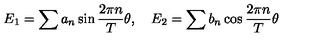
E _ { 1 } = \sum { a _ { n } } \sin \frac { 2 \pi n } { T } \theta , \quad E _ { 2 } = \sum { b _ { n } } \cos \frac { 2 \pi n } { T } \theta